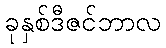
ခုနှစ်ဒီဇင်ဘာလ